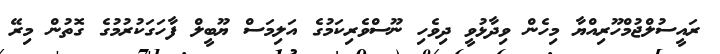
ރައީސުލްޖުމްހޫރިއްޔާ މިހެން ވިދާޅުވީ ދިވެހި ނޫސްވެރިކަމުގެ އަލިމަސް ޔޫބީލް ފާހަގަކުރުމުގެ ގޮތުން މިރޭ